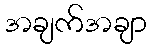
အချက်အချာ